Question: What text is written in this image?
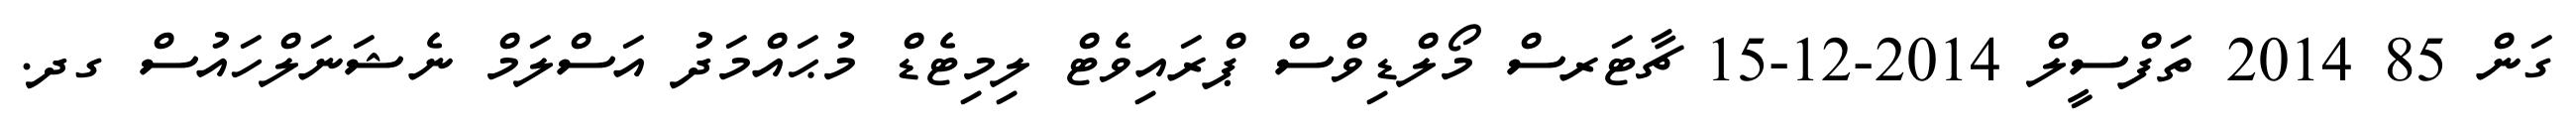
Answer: ގަން 85 2014 ތަފްސީލް 2014-12-15 ޗާޓަރސް މޯލްޑިވްސް ޕްރައިވެޓް ލިމިޓެޑް މުޙައްމަދު އަސްލަމް ނެޝަނަލްހައުސް ގދ.